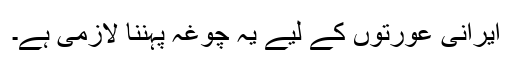
ایرانی عورتوں کے لیے یہ چوغہ پہننا لازمی ہے۔